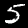
Label: 5